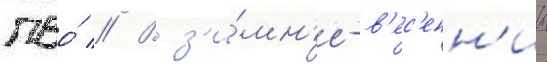
пво́ // В з'и́мн'е-в'ес'енн'ии